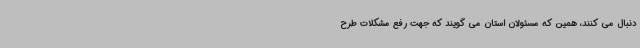
دنبال می کنند، همین که مسئولان استان می گویند که جهت رفع مشکلات طرح